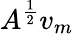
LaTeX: A^{\frac{1}{2}}v_{m}